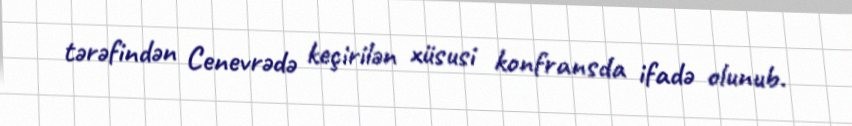
tərəfindən Cenevrədə keçirilən xüsusi konfransda ifadə olunub.